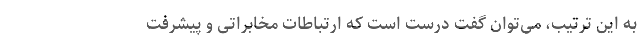
به این ترتیب‌، می‌توان گفت درست است که ارتباطات مخابراتی و پیشرفت